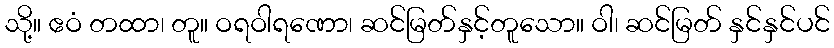
သို့။ ဧဝံ တထာ၊ တူ။ ဝရဝါရဏော၊ ဆင်မြတ်နှင့်တူသော။ ဝါ၊ ဆင်မြတ် နှင်နှင်ပင်